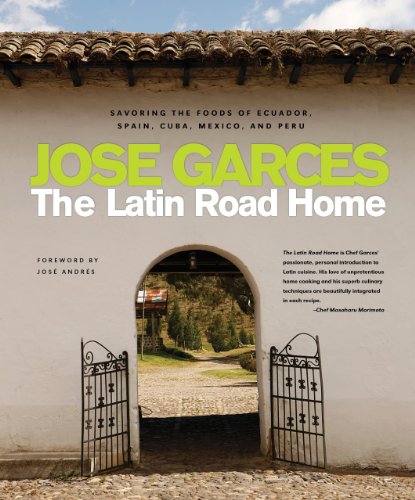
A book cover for The Latin Road Home: Savoring the Foods of Ecuador, Spain, Cuba, Mexico, and Peru; Jose Garces; Cookbooks, Food & Wine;